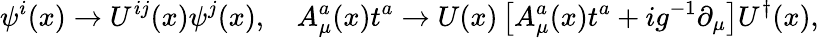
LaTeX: \psi^{i}(x)\to U^{ij}(x)\psi^{j}(x),\quad A_{\mu}^{a}(x)t^{a}\to U(x)\left[A_{\mu}^{a}(x)t^{a}+ig^{-1}\partial_{\mu}\right]U^{\dagger}(x),